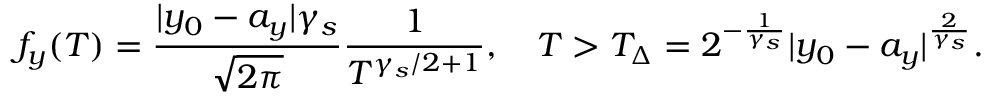
f _ { y } ( T ) = \frac { | y _ { 0 } - a _ { y } | \gamma _ { s } } { \sqrt { 2 \pi } } \frac { 1 } { T ^ { \gamma _ { s } / 2 + 1 } } , \quad T > T _ { \Delta } = 2 ^ { - \frac { 1 } { \gamma _ { s } } } | y _ { 0 } - a _ { y } | ^ { \frac { 2 } { \gamma _ { s } } } .